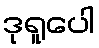
ဒုရူပေါ